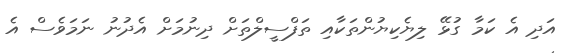
އަދި އެ ކަމާ ގުޅޭ ލިޔެކިޔުންތަކާއި ތަފްސީލްތަށް ދިނުމަށް އެދުނު ނަމަވެސް އެ